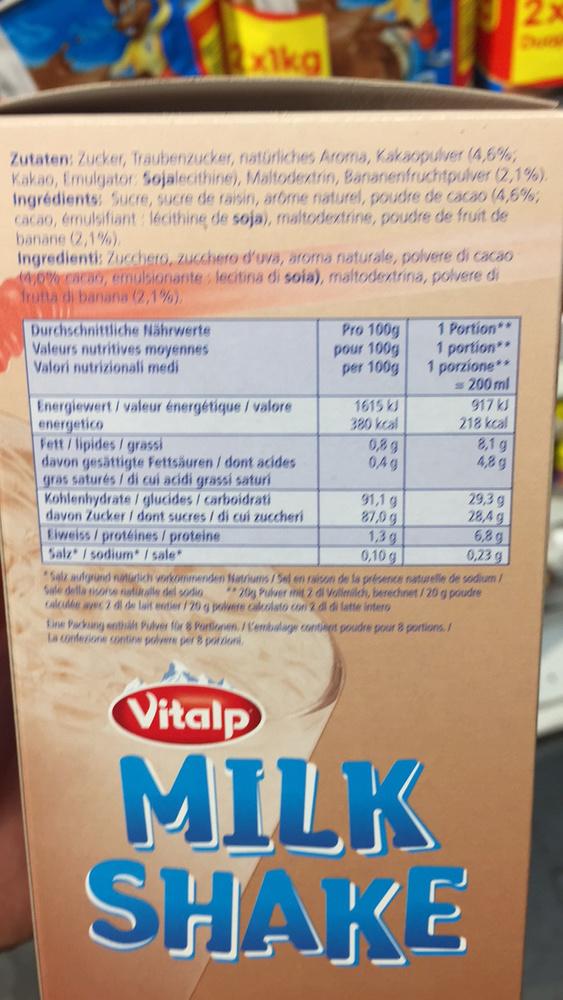
x1kg
Zutaten: Zucker, Traubenzucker, natürliches Aroma, Kakaopulver (4,6%, Kakao, Emulgator: Sojalecithine), Maltodextrin, Bananenfruchtpulver (2,1%). Ingrédients: Sucre, sucre de raisin, arôme naturel, poudre de cacao (4,6%, cacao, émulsifiant: lécithine de soja), maltodextrine, poudre de fruit de banane (2,1%).
Ingredienti: Zucchero, zucchero d'uva, aroma naturale, polvere di cacao (4,0% cacao, emulsionante: lecitina di soia), maltodextrina, polvere di frutta di banana (2,1%).
Durchschnittliche Nährwerte Valeurs nutritives moyennes Valori nutrizionali medi
Energiewert / valeur énergétique / valore energetico
Fett/ lipides/ grassi
davon gesättigte Fettsäuren / dont acides gras saturés / di cui acidi grassi saturi Kohlenhydrate / glucides / carboidrati davon Zucker / dont sucres / di cui zuccheri
Eiweiss / protéines / proteine
Salz/sodium* / sale*
Pro 100g
pour 100g
per 100g
1615 kJ
380 kcal
0,8g
04g
91,1 g
87,0g
1,3 g
0,10 g
1 Portion**
1 portion**
1 porzione**
= 200ml
917 kJ
218 kcal
Eine Packung enthält Pulver für 8 Portionen. / L'embalage contient poudre pour 8 portions./ La confezione contine polvere per 8 porzioni,
Vitalp
8,1 g
4,8g
29,3 g
28,4 g
6,8g
0,23 g
Salz aufgrund natürlich vorkommenden Natriums / Sel en raison de la présence naturelle de sodium/ Sale della risorse naturale del sodio **20g Pulver mit 2 di Vollmilch, berechnet/20 g poudre
calculée avec 2 dl de lait entier /20 g polvere calcolato con 2 di di latte intero
MILK SHAKE
2x